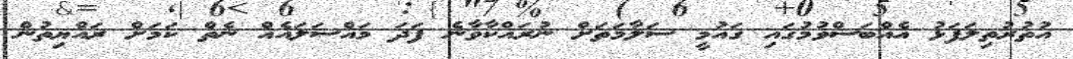
އުތުރުތިލަފަޅު އެއްބަސްވުމުގައި ގައުމީ ސަލާމަތަށް ނުރައްކާވާނެ ފަދަ މައްސަލައެއް ނެތް ކަމަށް ރައްޔިތުން